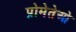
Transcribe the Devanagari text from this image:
प्रोमेतेओ